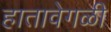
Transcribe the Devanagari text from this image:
हातावेगळी